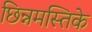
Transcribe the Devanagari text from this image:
छिन्नमस्तिके